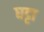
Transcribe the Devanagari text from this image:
घट्टा